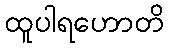
ထူပါရဟောတိ